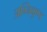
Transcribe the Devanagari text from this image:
अग्निकुण्ड